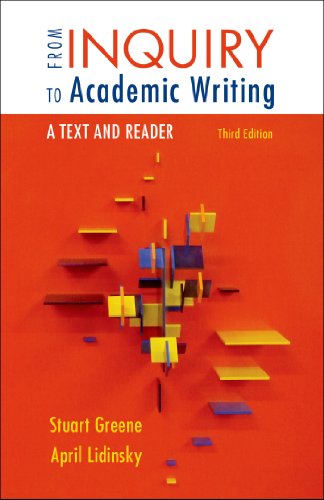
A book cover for From Inquiry to Academic Writing: A Text and Reader; Stuart Greene; Reference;